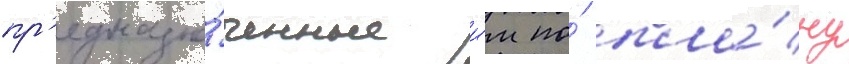
пр'едназна́ченные и́м по́ пла́ну